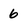
Character: 6